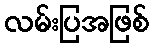
လမ်းပြအဖြစ်